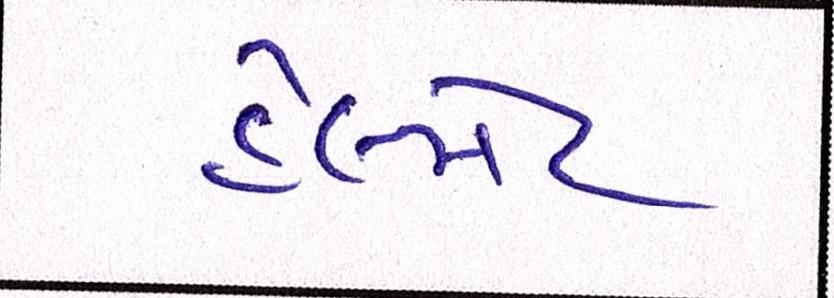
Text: હેલ્મેટ